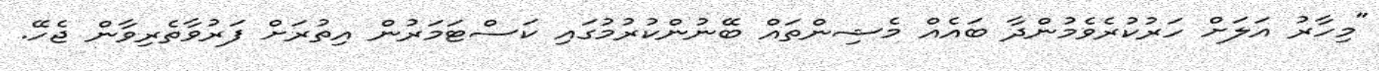
"މިހާރު އަލަށް ހަރުކުރެވެމުންދާ ބައެއް މެޝިންތައް ބޭނުންކުރުމުގައި ކަސްޓަމަރުން އިތުރަށް ފަރުވާތެރިވާން ޖެހޭ.